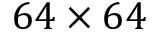
6 4 \times 6 4